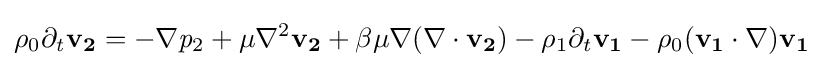
{\mathit {\rho }}_{0}\partial _{\mathit {t}}{\textbf {v}}_{\textbf {2}}=-\nabla {\mathit {p}}_{2}+{\mathit {\mu }}\nabla ^{2}{\textbf {v}}_{\textbf {2}}+{\mathit {\beta }}{\mathit {\mu }}\nabla (\nabla \cdot {\textbf {v}}_{\textbf {2}})-{\mathit {\rho }}_{1}\partial _{t}{\textbf {v}}_{\textbf {1}}-{\mathit {\rho }}_{0}({\textbf {v}}_{\textbf {1}}\cdot \nabla ){\textbf {v}}_{\textbf {1}}